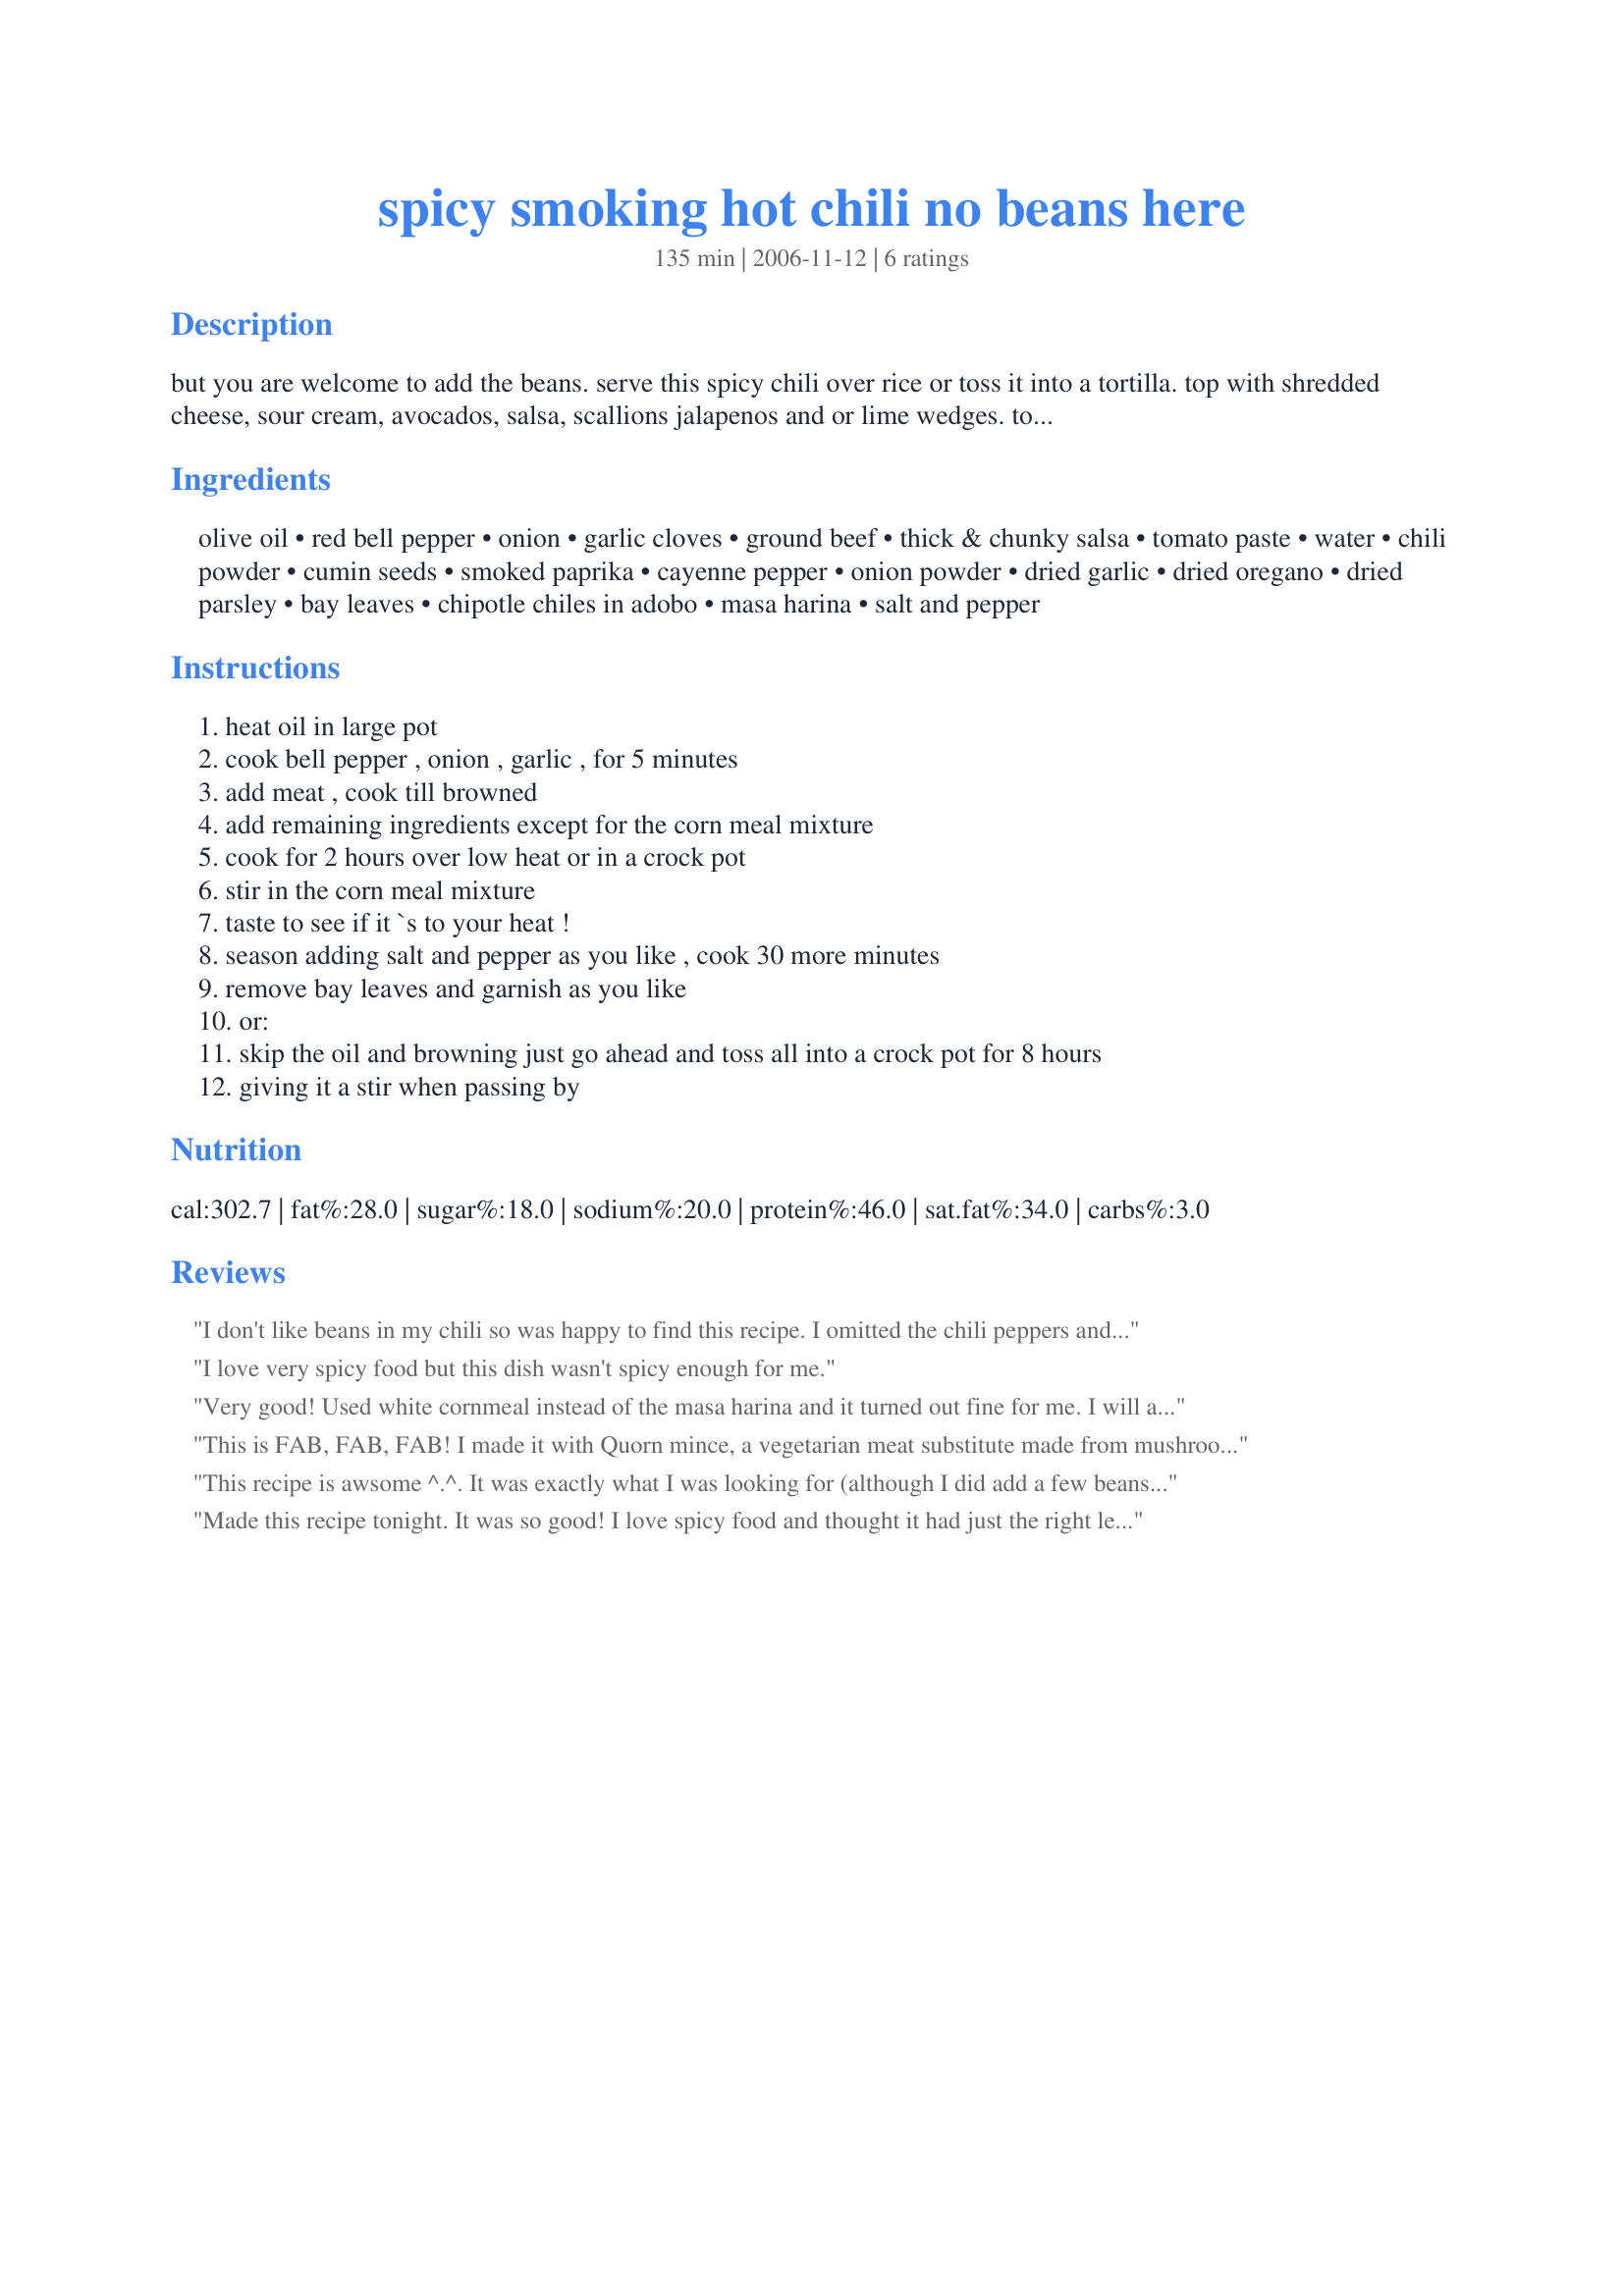
spicy smoking hot chili no beans here
Preparation time: 135 minutes

but you are welcome to add the beans.
serve this spicy chili over rice or toss it into a tortilla. top with shredded cheese, sour cream, avocados, salsa, scallions jalapenos and or lime wedges. top a hot dog to make a chili dog!
can be frozen for a quick dinner.

Ingredients:
olive oil, red bell pepper, onion, garlic cloves, ground beef, thick & chunky salsa, tomato paste, water, chili powder, cumin seeds, smoked paprika, cayenne pepper, onion powder, dried garlic, dried oregano, dried parsley, bay leaves, chipotle chiles in adobo, masa harina, salt and pepper

Steps:
heat oil in large pot
cook bell pepper , onion , garlic , for 5 minutes
add meat , cook till browned
add remaining ingredients except for the corn meal mixture
cook for 2 hours over low heat or in a crock pot
stir in the corn meal mixture
taste to see if it `s to your heat !
season adding salt and pepper as you like , cook 30 more minutes
remove bay leaves and garnish as you like
or:
skip the oil and browning just go ahead and toss all into a crock pot for 8 hours
giving it a stir when passing by

Reviews:
I don't like beans in my chili so was happy to find this recipe. I omitted the chili peppers and cut down on the cayenne so my chili wasn't hot. The smoked paprika and the chipotles did make it smokin' and good. Thanks for sharing the recipe Rita.
I love very spicy food but this dish wasn't spicy enough for me.
Very good! Used white cornmeal instead of the masa harina and it turned out fine for me. I will add beans next time just because I like them there. Served with cornbread and a simple salad.
This is FAB, FAB, FAB! I made it with Quorn mince, a vegetarian meat substitute made from mushrooms, and it was a HUGE hit! I used EVERY single spice, but not the white cornmeal as I don't have any, subbed that with cornflour. The layers of flavours were amazing and I am SORRY, but to bulk it out as I used Quorn, I added kidney beans! Made for Bay in the Herb of the Month in the French forum and for the Veg'N'Swap in the veggie forum, hence the Quorn! LOVED this Rita and I am going to make it next week again with meat! Merci darlink! FT/Karen:-)
This recipe is awsome ^.^. It was exactly what I was looking for (although I did add a few beans for my hubby). I made it a wee bit less spicy, and served it over cornbread, Mmmmmm. Thanks again!
Made this recipe tonight. It was so good! I love spicy food and thought it had just the right level of spice!
